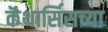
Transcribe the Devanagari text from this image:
कॅथार्सिसच्या